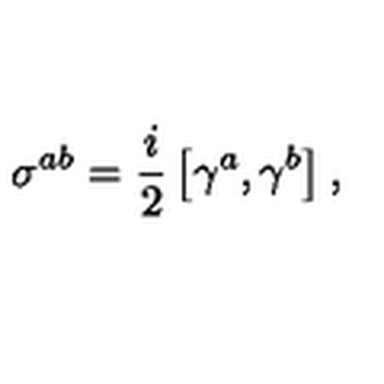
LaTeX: \sigma ^ { a b } = \frac { i } { 2 } \left[ \gamma ^ { a } , \gamma ^ { b } \right] ,